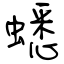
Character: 蟋